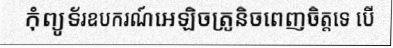
កុំព្យូទ័រឧបករណ៍អេឡិចត្រូនិចពេញចិត្តទេ បើ